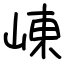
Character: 崠